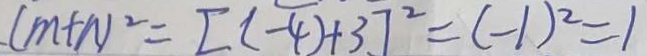
( m + n ) ^ { 2 } = [ ( - 4 ) + 3 ] ^ { 2 } = ( - 1 ) ^ { 2 } = 1